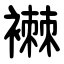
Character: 襋